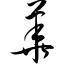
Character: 华